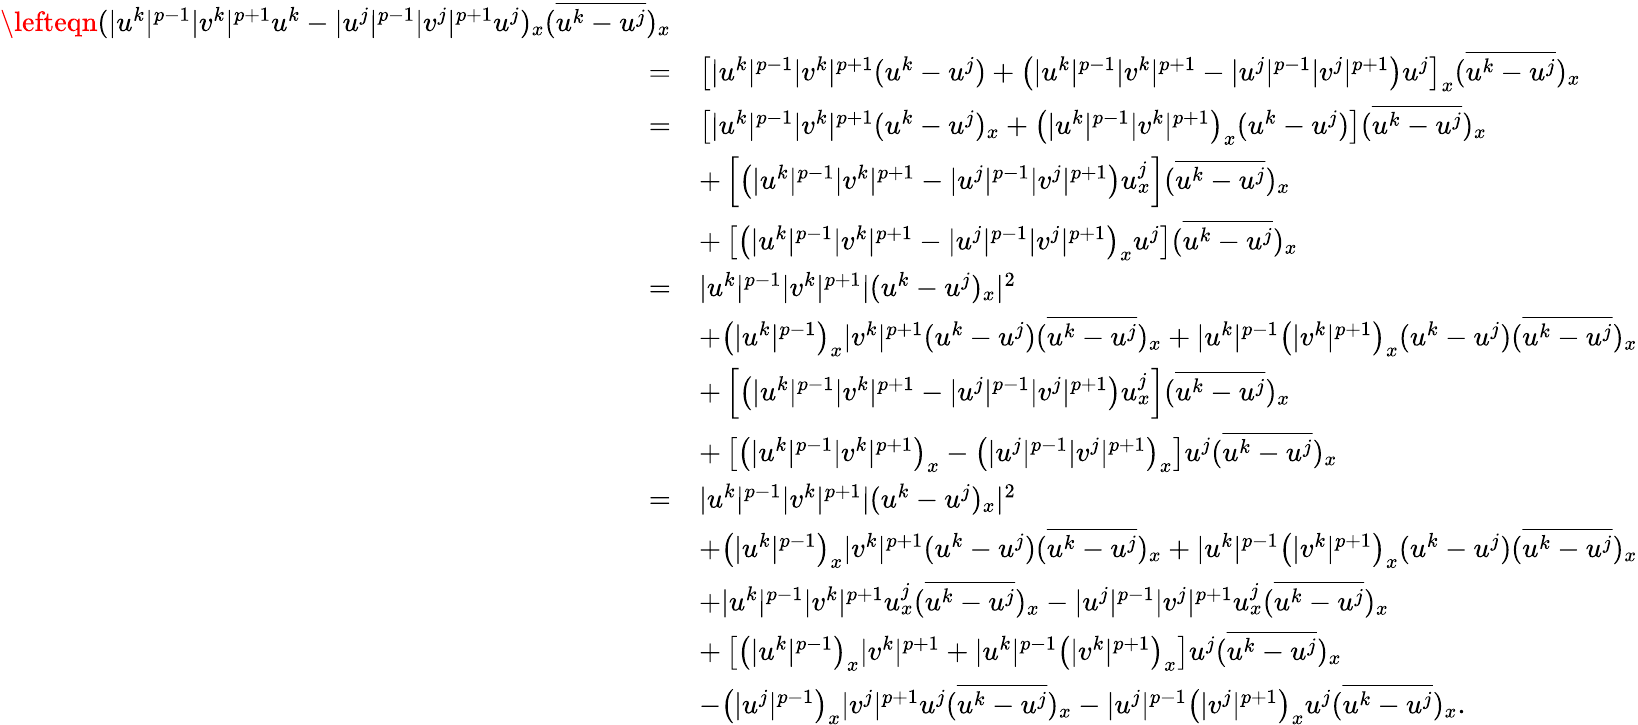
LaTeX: \begin{array}{rl}{\lefteqn{(|u^{k}|^{p-1}|v^{k}|^{p+1}u^{k}-|u^{j}|^{p-1}|v^{j}|^{p+1}u^{j})_{x}(\overline{{u^{k}-u^{j}}})_{x}}}\\ {=}&{\left[|u^{k}|^{p-1}|v^{k}|^{p+1}(u^{k}-u^{j})+\left(|u^{k}|^{p-1}|v^{k}|^{p+1}-|u^{j}|^{p-1}|v^{j}|^{p+1}\right)u^{j}\right]_{x}(\overline{{u^{k}-u^{j}}})_{x}}\\ {=}&{\left[|u^{k}|^{p-1}|v^{k}|^{p+1}(u^{k}-u^{j})_{x}+\left(|u^{k}|^{p-1}|v^{k}|^{p+1}\right)_{x}(u^{k}-u^{j})\right](\overline{{u^{k}-u^{j}}})_{x}}\\ &{+\left[\left(|u^{k}|^{p-1}|v^{k}|^{p+1}-|u^{j}|^{p-1}|v^{j}|^{p+1}\right)u_{x}^{j}\right](\overline{{u^{k}-u^{j}}})_{x}}\\ &{+\left[\left(|u^{k}|^{p-1}|v^{k}|^{p+1}-|u^{j}|^{p-1}|v^{j}|^{p+1}\right)_{x}u^{j}\right](\overline{{u^{k}-u^{j}}})_{x}}\\ {=}&{|u^{k}|^{p-1}|v^{k}|^{p+1}|(u^{k}-u^{j})_{x}|^{2}}\\ &{+\left(|u^{k}|^{p-1}\right)_{x}|v^{k}|^{p+1}(u^{k}-u^{j})(\overline{{u^{k}-u^{j}}})_{x}+|u^{k}|^{p-1}\left(|v^{k}|^{p+1}\right)_{x}(u^{k}-u^{j})(\overline{{u^{k}-u^{j}}})_{x}}\\ &{+\left[\left(|u^{k}|^{p-1}|v^{k}|^{p+1}-|u^{j}|^{p-1}|v^{j}|^{p+1}\right)u_{x}^{j}\right](\overline{{u^{k}-u^{j}}})_{x}}\\ &{+\left[\left(|u^{k}|^{p-1}|v^{k}|^{p+1}\right)_{x}-\left(|u^{j}|^{p-1}|v^{j}|^{p+1}\right)_{x}\right]u^{j}(\overline{{u^{k}-u^{j}}})_{x}}\\ {=}&{|u^{k}|^{p-1}|v^{k}|^{p+1}|(u^{k}-u^{j})_{x}|^{2}}\\ &{+\left(|u^{k}|^{p-1}\right)_{x}|v^{k}|^{p+1}(u^{k}-u^{j})(\overline{{u^{k}-u^{j}}})_{x}+|u^{k}|^{p-1}\left(|v^{k}|^{p+1}\right)_{x}(u^{k}-u^{j})(\overline{{u^{k}-u^{j}}})_{x}}\\ &{+|u^{k}|^{p-1}|v^{k}|^{p+1}u_{x}^{j}(\overline{{u^{k}-u^{j}}})_{x}-|u^{j}|^{p-1}|v^{j}|^{p+1}u_{x}^{j}(\overline{{u^{k}-u^{j}}})_{x}}\\ &{+\left[\left(|u^{k}|^{p-1}\right)_{x}|v^{k}|^{p+1}+|u^{k}|^{p-1}\left(|v^{k}|^{p+1}\right)_{x}\right]u^{j}(\overline{{u^{k}-u^{j}}})_{x}}\\ &{-\left(|u^{j}|^{p-1}\right)_{x}|v^{j}|^{p+1}u^{j}(\overline{{u^{k}-u^{j}}})_{x}-|u^{j}|^{p-1}\left(|v^{j}|^{p+1}\right)_{x}u^{j}(\overline{{u^{k}-u^{j}}})_{x}.}\end{array}